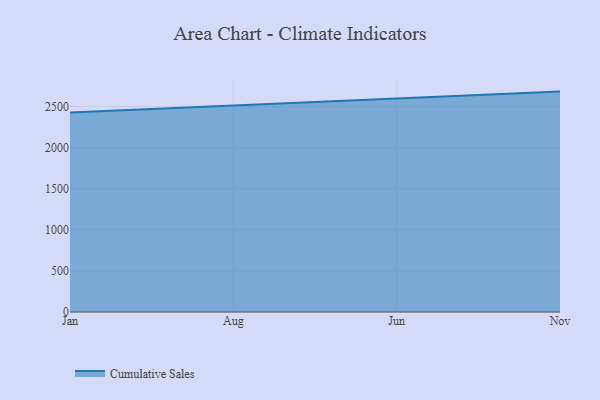
{"axis": {"x": "Month", "y": "Energy Usage (MWh)"}, "legend": ["Cumulative Sales"], "data": [{"x": "Jan", "y": 2426.8, "type": "Cumulative Sales"}, {"x": "Aug", "y": 2511.5, "type": "Cumulative Sales"}, {"x": "Jun", "y": 2597.5, "type": "Cumulative Sales"}, {"x": "Nov", "y": 2681.1, "type": "Cumulative Sales"}]}